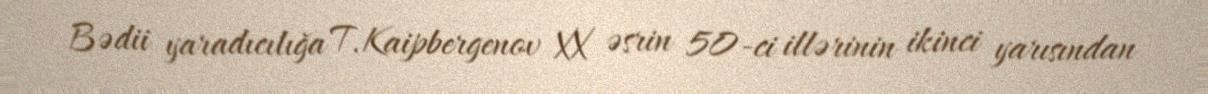
Bədii yaradıcılığa T.Kaipbergenov XX əsrin 50-ci illərinin ikinci yarısından